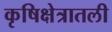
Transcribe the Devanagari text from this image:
कृषिक्षेत्रातली